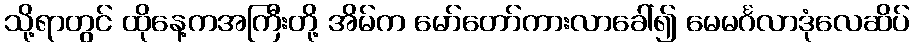
သို့ရာတွင် ထိုနေ့ကအကြီးတို့ အိမ်က မော်တော်ကားလာခေါ်၍ မေမင်္ဂလာဒုံလေဆိပ်